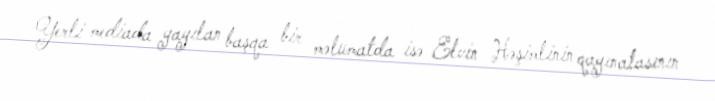
Yerli mediada yayılan başqa bir məlumatda isə Elvin Həşimlinin qayınatasının